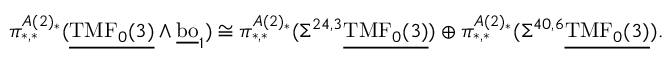
\pi _ { * , * } ^ { A ( 2 ) _ { * } } ( \underline { { \mathrm { T M F } _ { 0 } ( 3 ) } } \wedge \underline { { \mathrm { b o } } } _ { 1 } ) \cong \pi _ { * , * } ^ { A ( 2 ) _ { * } } ( \Sigma ^ { 2 4 , 3 } \underline { { \mathrm { T M F } _ { 0 } ( 3 ) } } ) \oplus \pi _ { * , * } ^ { A ( 2 ) _ { * } } ( \Sigma ^ { 4 0 , 6 } \underline { { \mathrm { T M F } _ { 0 } ( 3 ) } } ) .